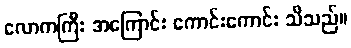
လောကကြီး အကြောင်း ကောင်းကောင်း သိသည်။